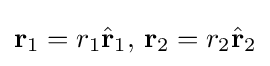
\mathbf {r} _{1}=r_{1}{\hat {\mathbf {r} }}_{1},\,\mathbf {r} _{2}=r_{2}{\hat {\mathbf {r} }}_{2}